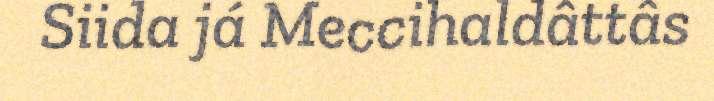
Siida já Meccihaldâttâs